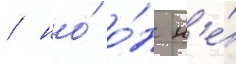
/ но́ о́н н'е́